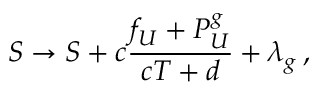
S \rightarrow S + c \frac { f _ { U } + { \cal P } _ { U } ^ { g } } { c T + d } + \lambda _ { g } \, ,